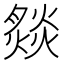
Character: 𤎢